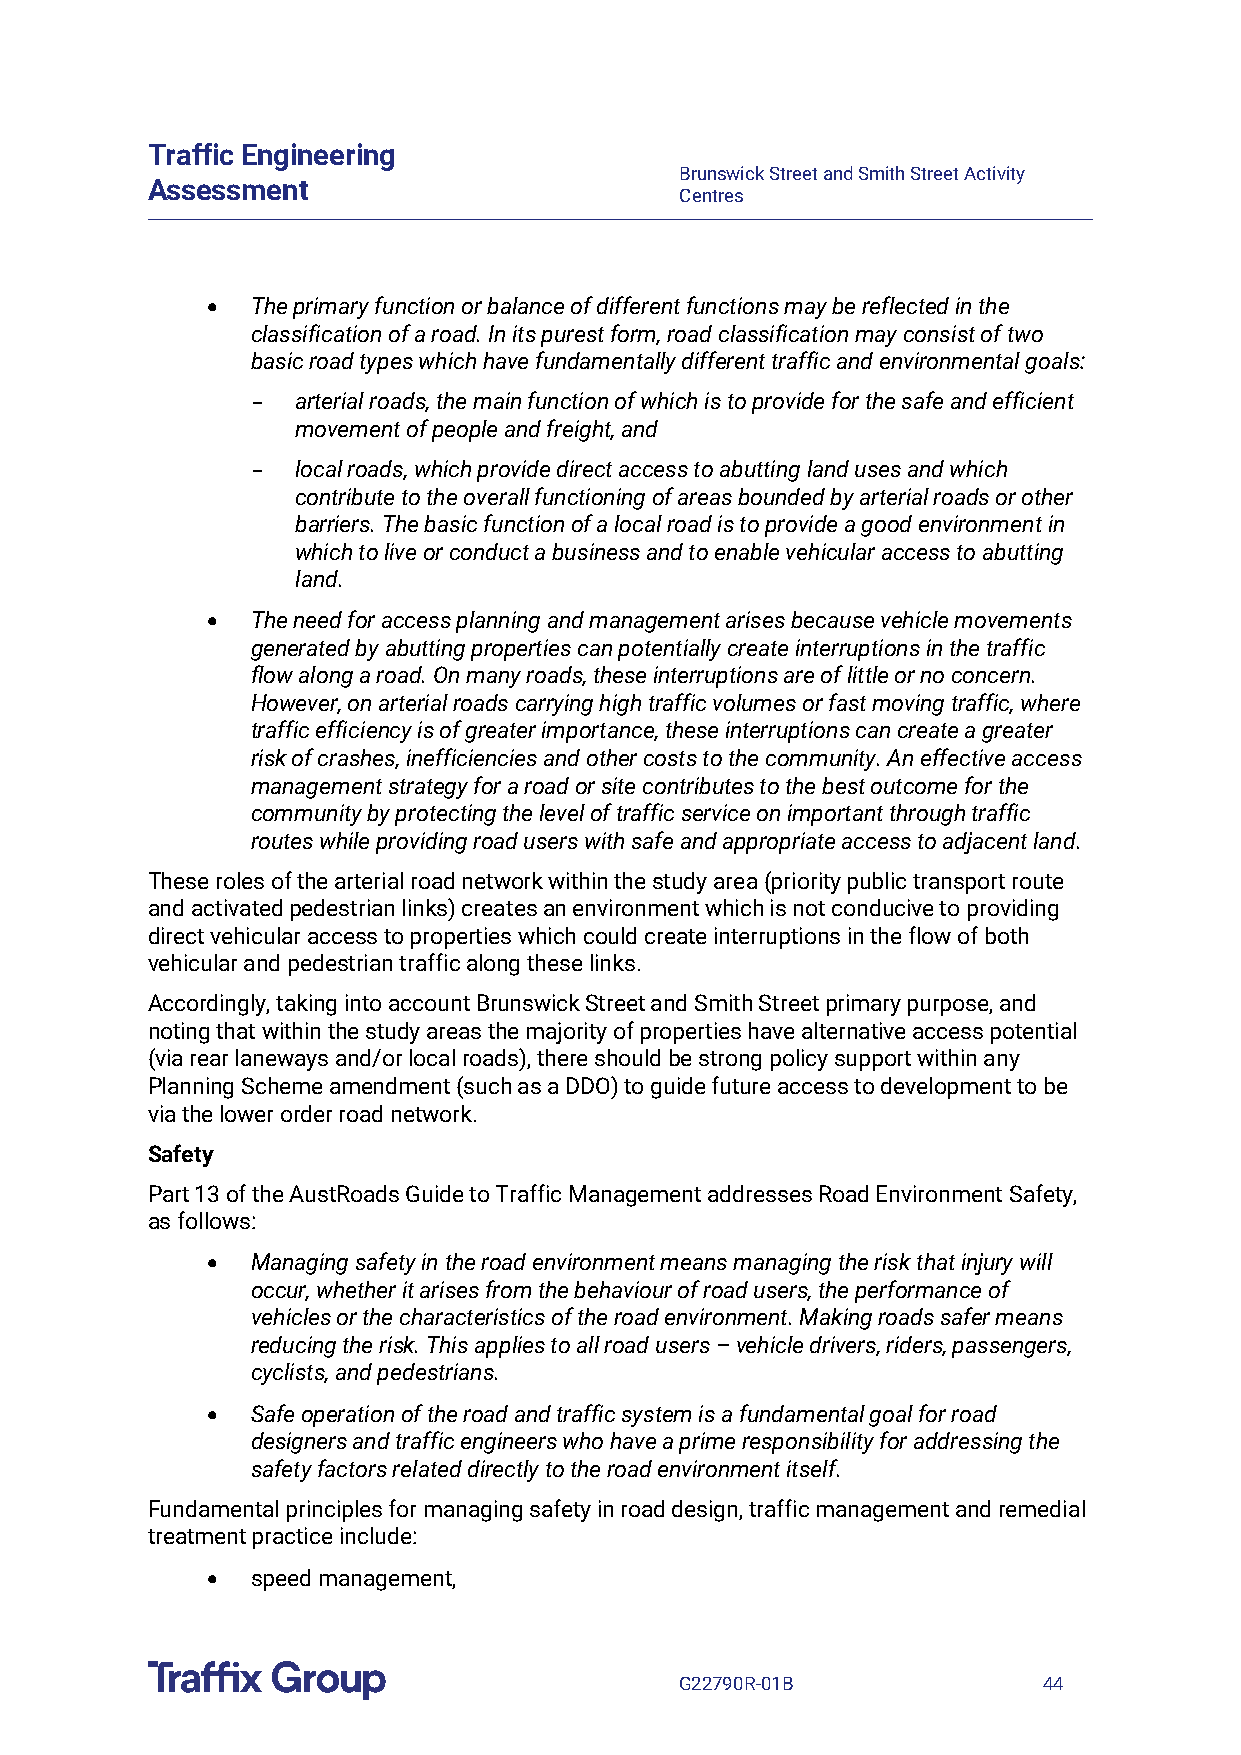
Traffic Engineering
 Brunswick Street and Smith Street Activity
 Assessment
 Centres
 •  The primary function or balance of different functions may be reflected in the
 classification of a road. In its purest form, road classification may consist of two
 basic road types which have fundamentally different traffic and environmental goals:
 arterial roads, the main function of which is to provide for the safe and efficient
 -
 movement of people and freight, and
 local roads, which provide direct access to abutting land uses and which
 -
 contribute to the overall functioning of areas bounded by arterial roads or other
 barriers. The basic function of a local road is to provide a good environment in
 which to live or conduct a business and to enable vehicular access to abutting
 land.
 •  The need for access planning and management arises because vehicle movements
 generated by abutting properties can potentially create interruptions in the traffic
 flow along a road. On many roads, these interruptions are of little or no concern.
 However, on arterial roads carrying high traffic volumes or fast moving traffic, where
 traffic efficiency is of greater importance, these interruptions can create a greater
 risk of crashes, inefficiencies and other costs to the community. An effective access
 management strategy for a road or site contributes to the best outcome for the
 community by protecting the level of traffic service on important through traffic
 routes while providing road users with safe and appropriate access to adjacent land.
 These roles of the arterial road network within the study area (priority public transport route
 and activated pedestrian links) creates an environment which is not conducive to providing
 direct vehicular access to properties which could create interruptions in the flow of both
 vehicular and pedestrian traffic along these links.
 Accordingly, taking into account Brunswick Street and Smith Street primary purpose, and
 noting that within the study areas the majority of properties have alternative access potential
 (via rear laneways and/or local roads), there should be strong policy support within any
 Planning Scheme amendment (such as a DDO) to guide future access to development to be
 via the lower order road network.
 Safety
 Part 13 of the AustRoads Guide to Traffic Management addresses Road Environment Safety,
 as follows:
 •  Managing safety in the road environment means managing the risk that injury will
 occur, whether it arises from the behaviour of road users, the performance of
 vehicles or the characteristics of the road environment. Making roads safer means
 reducing the risk. This applies to all road users – vehicle drivers, riders, passengers,
 cyclists, and pedestrians.
 •  Safe operation of the road and traffic system is a fundamental goal for road
 designers and traffic engineers who have a prime responsibility for addressing the
 safety factors related directly to the road environment itself.
 Fundamental principles for managing safety in road design, traffic management and remedial
 treatment practice include:
 •  speed management,
 G22790R-01B             44